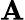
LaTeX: \boldsymbol{\mathbf{A}}